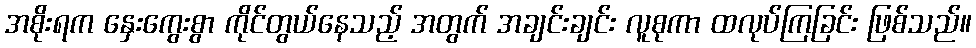
အစိုးရက နှေးကွေးစွာ ကိုင်တွယ်နေသည့် အတွက် အချင်းချင်း လူစုကာ ထလုပ်ကြခြင်း ဖြစ်သည်။